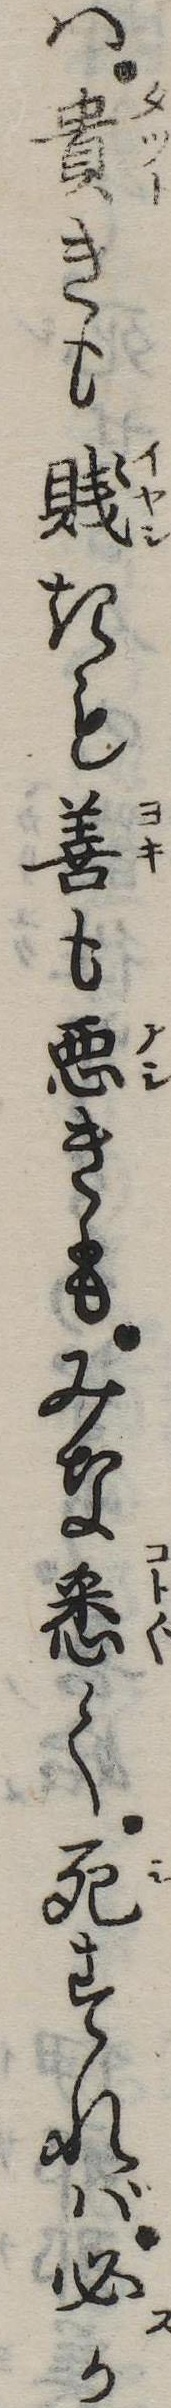
は貴きも賎きも善も悪きもみな悉く死すれば必か